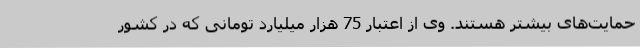
حمایت‌های بیشتر هستند. وی از اعتبار 75 هزار میلیارد تومانی که در کشور